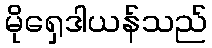
မိုရှေဒါယန်သည်